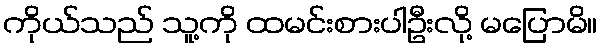
ကိုယ်သည် သူ့ကို ထမင်းစားပါဦးလို့ မပြောမိ။